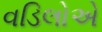
વડિલોએ